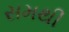
સમથી